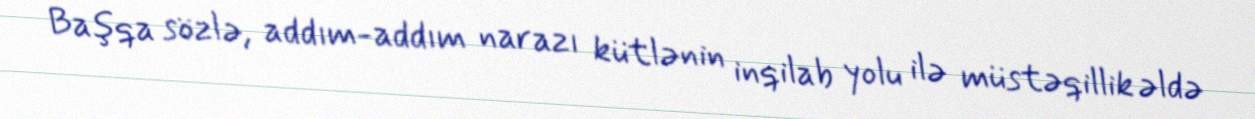
Başqa sözlə, addım-addım narazı kütlənin inqilab yolu ilə müstəqillik əldə